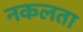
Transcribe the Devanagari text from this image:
नकलता